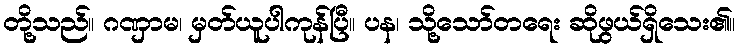
တို့သည်။ ဂဏှာမ၊ မှတ်ယူပါကုန်ပြီ။ ပန၊ သို့သော်တရေး ဆိုဖွယ်ရှိသေး၏။